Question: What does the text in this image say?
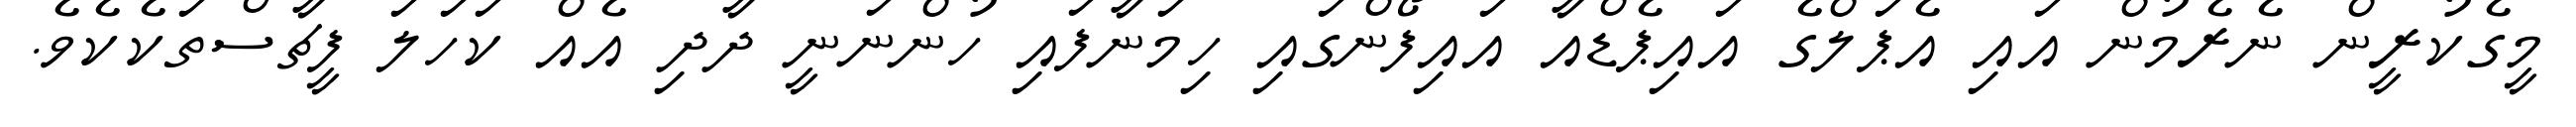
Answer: މީގެކުރީން ނެރެމުން އައި އެޕަލްގެ އައިޕެޑްއާ އައިފޯންގައި ހިމަނާފައި ހުންނަނީ ދާދި އެއް ކަހަލަ ފީޗާސްތަކެކެވެ.